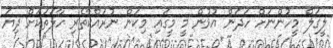
ލީގަލް މީހުންނަށް ހަދަން އުޅުން މީ މީގައި މިކަން ނުރައްކާތެރި ހާލަތަަކަށް ދިޔަ